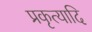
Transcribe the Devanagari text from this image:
प्रकृत्यादि